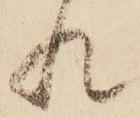
れ